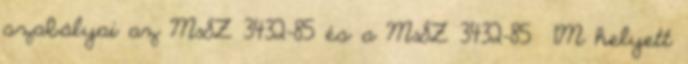
szabályai az MSZ 3432-85 és a MSZ 3432-85 1M helyett